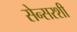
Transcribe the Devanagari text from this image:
सेन्सरशी